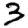
Digit: 3